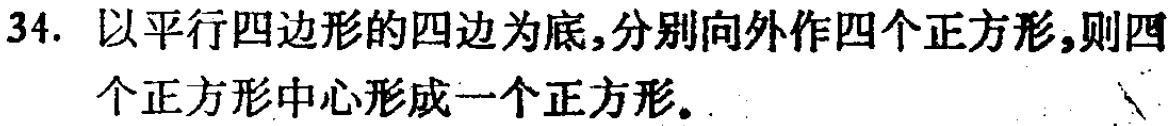
34. 以平行四边形的四边为底,分别向外作四个正方形,则四个正方形中心形成一个正方形。